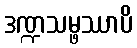
ဒဏ္ဍသမ္ဖဿာပိ